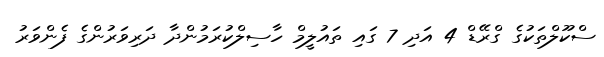
ސްކޫލްތަކުގެ ގްރޭޑް 4 އަދި 7 ގައި ތައުލީމް ހާސިލްކުރަމުންދާ ދަރިވަރުންގެ ފެންވަރު